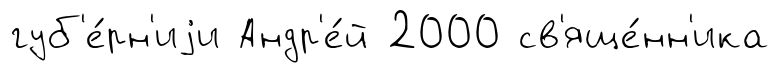
губ'е́рн'иjи Андр'е́й 2000 св'яще́нн'ика